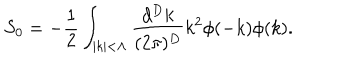
S _ { 0 } = - \frac { 1 } { 2 } \int _ { | k | < \Lambda } \frac { d ^ { D } k } { ( 2 \pi ) ^ { D } } k ^ { 2 } \phi ( - k ) \phi ( k ) .